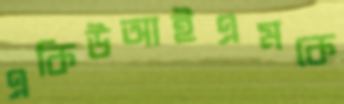
একিউআইএমকে